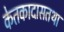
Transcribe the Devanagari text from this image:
केतकादासतथा